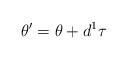
LaTeX: \begin{align*}\theta'=\theta+d^1\tau\end{align*}